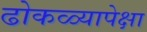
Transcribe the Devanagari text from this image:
ढोकळ्यापेक्षा